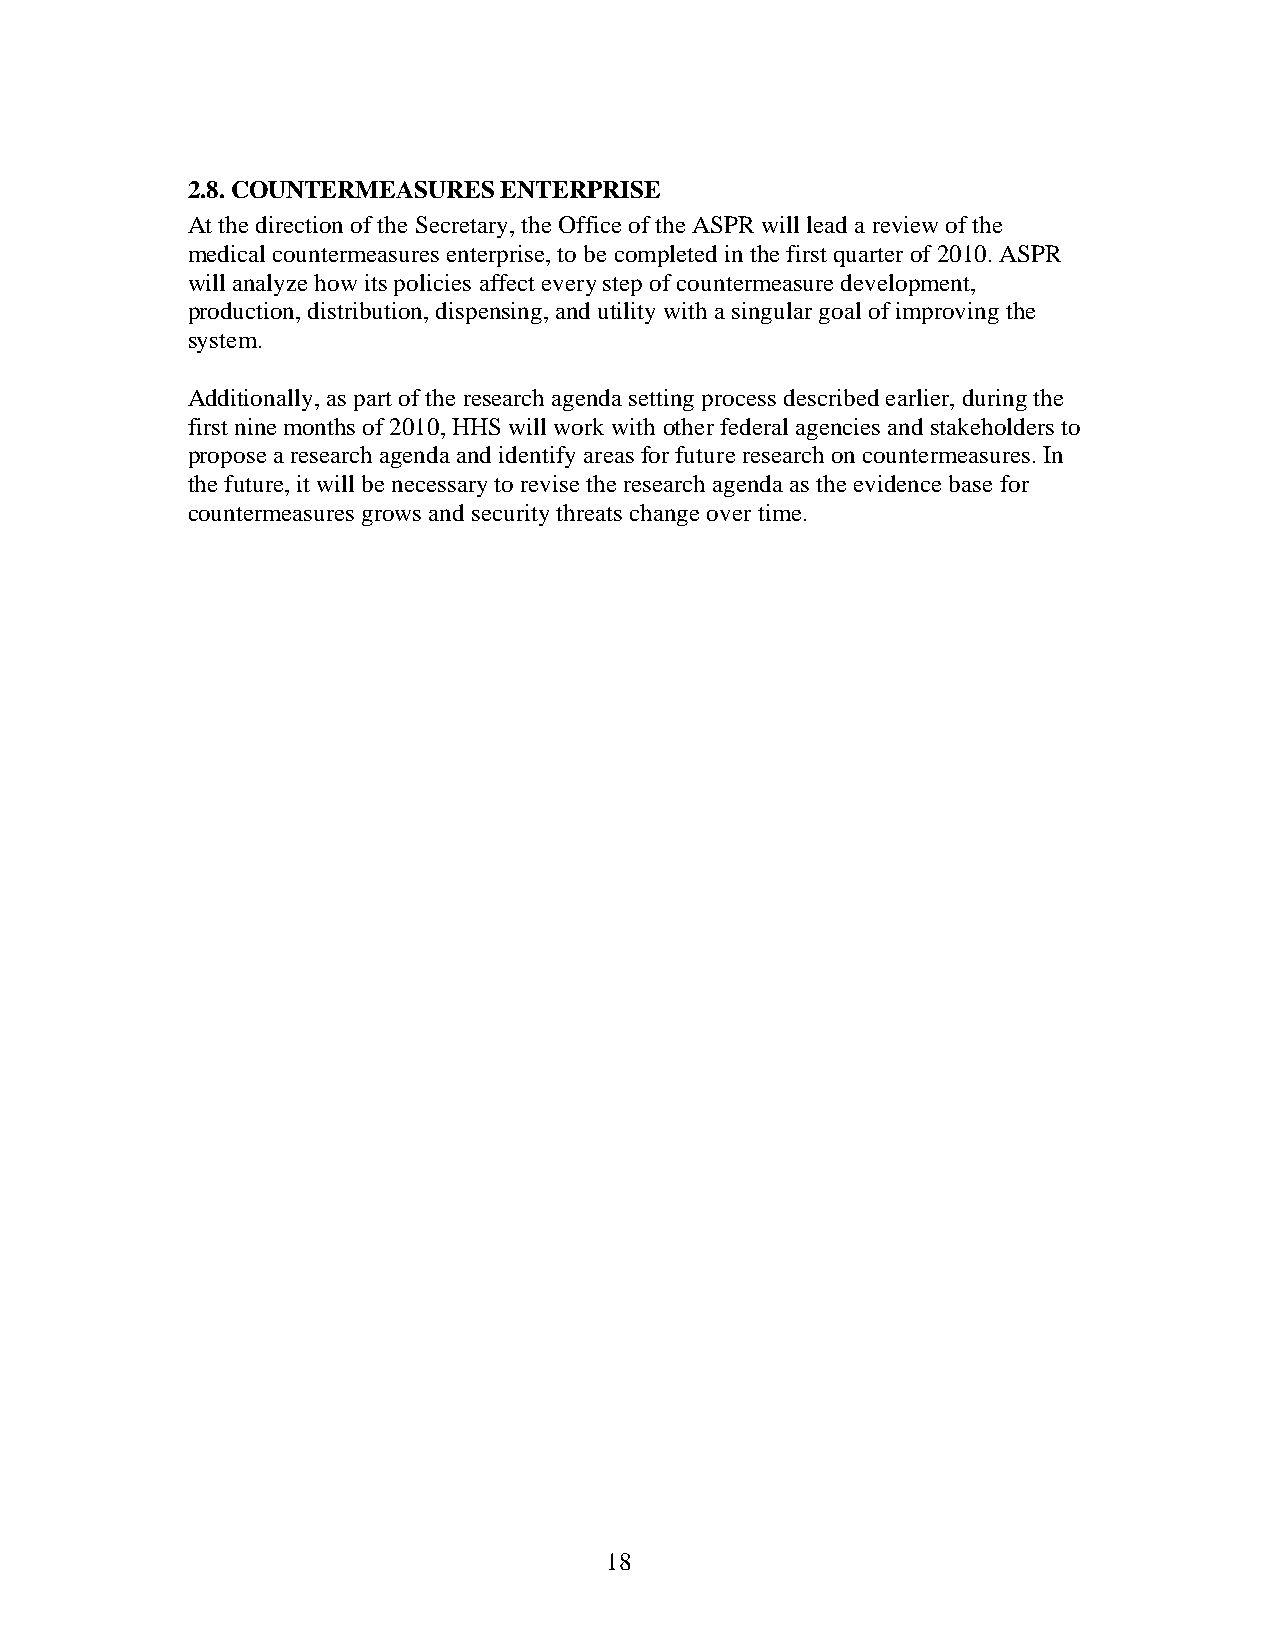
2.8. COUNTERMEASURES ENTERPRISE
 At the direction of the Secretary, the Office of the ASPR will lead a review of the
 medical countermeasures enterprise, to be completed in the first quarter of 2010. ASPR
 will analyze how its policies affect every step of countermeasure development,
 production, distribution, dispensing, and utility with a singular goal of improving the
 system.
 Additionally, as part of the research agenda setting process described earlier, during the
 first nine months of 2010, HHS will work with other federal agencies and stakeholders to
 propose a research agenda and identify areas for future research on countermeasures. In
 the future, it will be necessary to revise the research agenda as the evidence base for
 countermeasures grows and security threats change over time.
 18